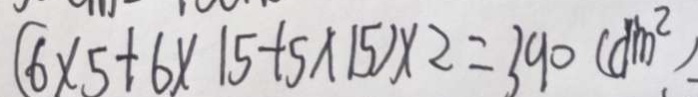
( 6 \times 5 + 6 \times 1 5 + 5 \times 1 5 ) \times 2 = 3 9 0 ( d m ^ { 2 } )